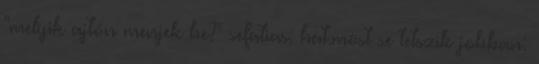
"melyik ajtón menjek be?" sefatias: hát.most se tetszik jobban: